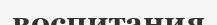
воспитания